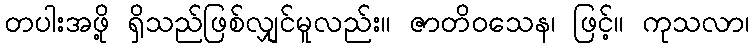
တပါးအဖို့ ရှိသည်ဖြစ်လျှင်မူလည်း။ ဇာတိဝသေန၊ ဖြင့်။ ကုသလာ၊